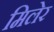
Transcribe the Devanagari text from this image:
मिलेर